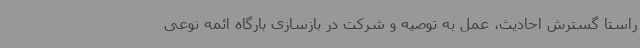
راستا گسترش احادیث، عمل به توصیه و شرکت در بازسازی بارگاه ائمه نوعی